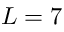
L = 7